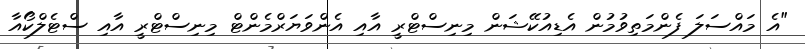
"އެ މައްސަލަ ފެންމަތިވުމުން އެޑިއުކޭޝަން މިނިސްޓްރީ އާއި އެންވަޔަރްމެންޓް މިނިސްޓްރީ އާއި ސްޓެލްކޯއާ